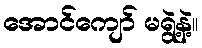
အောင်ကျော် မရွဲ့နဲ့။